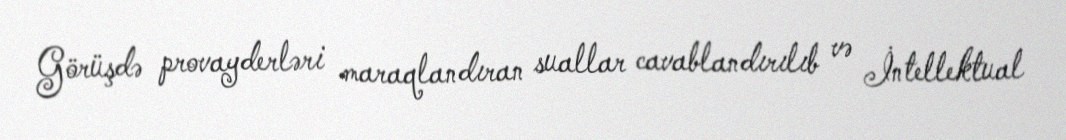
Görüşdə provayderləri maraqlandıran suallar cavablandırılıb və İntellektual